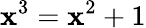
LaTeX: \mathbf{x}^{3}=\mathbf{x}^{2}+1